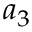
a _ { 3 }